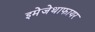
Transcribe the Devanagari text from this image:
इमेजेथाफायर